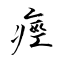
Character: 痙